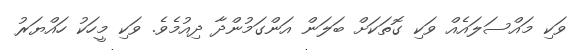
ވަކި މައްސަލައެއް ވަކި ގޮތަކަށް ބަލަން އަންގަމުންދާ ދިއުމެވެ. ވަކި މީހަކު ހައްޔަރު